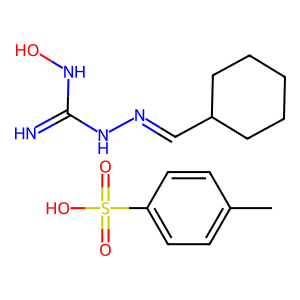
SMILES: Cc1ccc(S(=O)(=O)O)cc1.N=C(NO)NN=CC1CCCCC1
Inhibits HIV replication: No